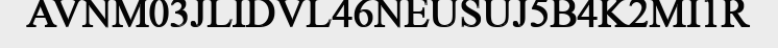
AVNM03JLIDVL46NEUSUJ5B4K2MI1R